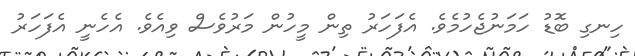
ހިނގި ބޮޑު ހަމަނުޖެހުމެވެ. އެފަހަރު ތިން މީހުން މަރުވެސް ވިއެވެ. އެހެނީ އެފަހަރު